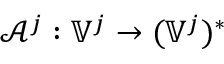
\mathcal { A } ^ { j } : \mathbb { V } ^ { j } \to ( \mathbb { V } ^ { j } ) ^ { * }